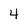
Character: 4